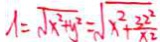
x = \sqrt { x ^ { 2 } + y ^ { 2 } } = \sqrt { x ^ { 2 } + \frac { 3 2 ^ { 2 } } { x 2 } }